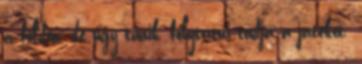
a földön, de úgy tűnik, folytatni tudja a játékot.